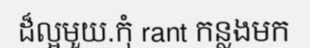
ដ៏ល្អមួយ.កុំ rant កន្លងមក